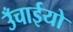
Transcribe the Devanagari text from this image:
उँचाईयो